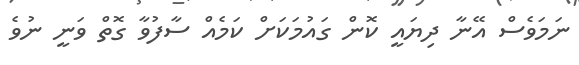
ނަމަވެސް އޭނާ ދިޔައީ ކޮން ގައުމަކަށް ކަމެއް ސާފުވާ ގޮތް ވަނީ ނުވެ